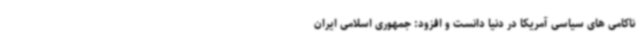
ناکامی های سیاسی آمریکا در دنیا دانست و افزود: جمهوری اسلامی ایران